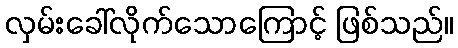
လှမ်းခေါ်လိုက်သောကြောင့် ဖြစ်သည်။